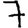
Digit: 7